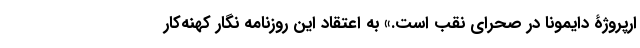
ارپروژۀ دایمونا در صحرای نقب است.» به اعتقاد این روزنامه نگار کهنه‌کار